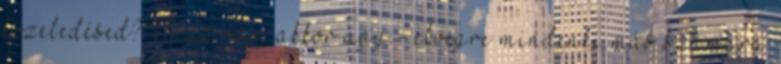
közeledésed? Nézz rám akkor úgy.- elvégre mindenki más számára